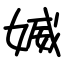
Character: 媙